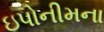
ઇપોનીમના